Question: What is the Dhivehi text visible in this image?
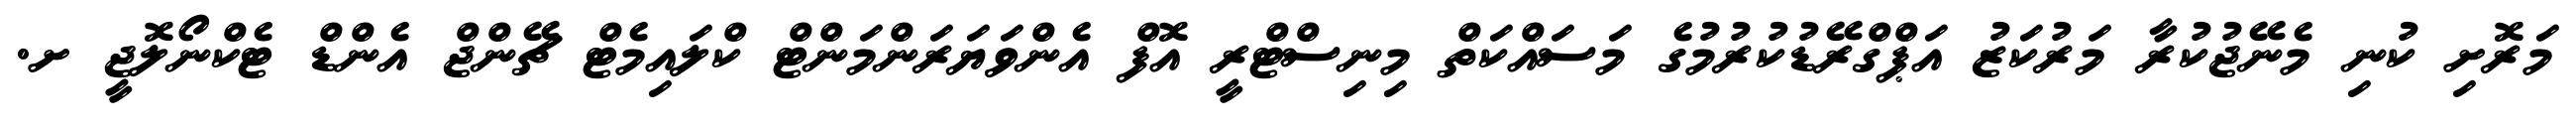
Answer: މަރޮށި ކުނި މެނޭޖުކުރާ މަރުކަޒު އަޕްގްރޭޑުކުރުމުގެ މަސައްކަތް މިނިސްޓްރީ އޮފް އެންވަޔަރަންމަންޓް ކްލައިމެޓް ޗޭންޖް އެންޑް ޓެކްނޯލޮޖީ ށ.